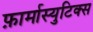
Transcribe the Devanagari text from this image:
फ़ार्मास्युटिक्स